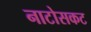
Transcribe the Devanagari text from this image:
नाटोसकट